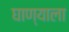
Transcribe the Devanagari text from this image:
घाण्याला